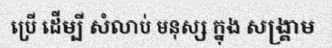
ប្រើ ដើម្បី សំលាប់ មនុស្ស ក្នុង សង្គ្រាម